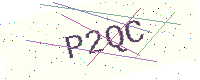
Text: P2QC